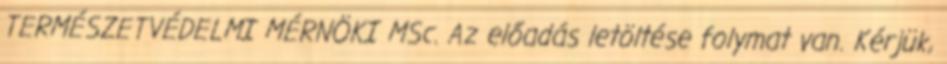
TERMÉSZETVÉDELMI MÉRNÖKI MSc. Az előadás letöltése folymat van. Kérjük,